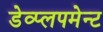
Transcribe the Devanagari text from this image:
डेव्प्लपमेन्ट